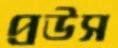
প্রউস